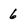
Character: 6